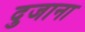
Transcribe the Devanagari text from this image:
दुजाना